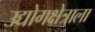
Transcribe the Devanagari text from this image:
उद्योगक्षेत्राला